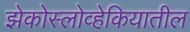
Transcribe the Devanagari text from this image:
झेकोस्लोव्हेकियातील